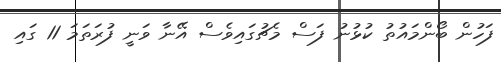
ފަހުން ބޯންމައުތު ކުޅުނު ފަސް މެޗުގައިވެސް އޭނާ ވަނީ ފުރަތަމަ 11 ގައި